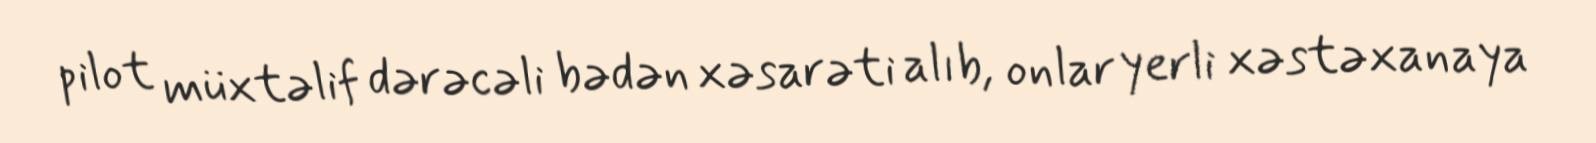
pilot müxtəlif dərəcəli bədən xəsarəti alıb, onlar yerli xəstəxanaya